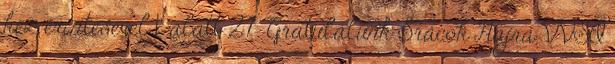
kéz érintésével 1' alatt 27. Gratulálunk Srácok Hajrá VVSI